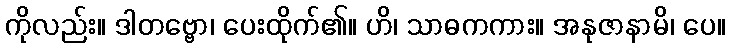
ကိုလည်း။ ဒါတဗ္ဗော၊ ပေးထိုက်၏။ ဟိ၊ သာဓကကား။ အနုဇာနာမိ၊ ပေ။